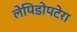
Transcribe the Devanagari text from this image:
लेपिडोपटेरा